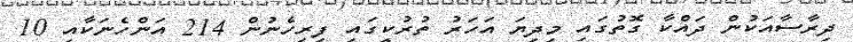
ދިރާސާއަކުން ދައްކާ ގޮތުގައި މިދިޔަ އަހަރު ތުރުކީގައި ފިރިހެނުން 214 އަންހެނަކާއި 10